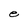
Character: e